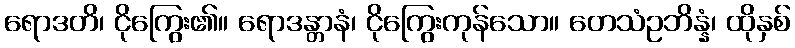
ရောဒတိ၊ ငိုကြွေး၏။ ရောဒန္တာနံ၊ ငိုကြွေးကုန်သော။ တေသံဥဘိန္နံ၊ ထိုနှစ်